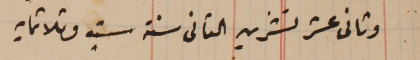
وثانى عشر تشرين التانى سنة ستٍ وثلاثمايه.